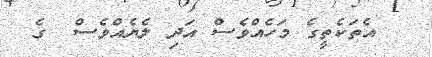
އެތަކެތީގެ މަހެއްވެސް އަދި ލެޔެއްވެސް  ގެ